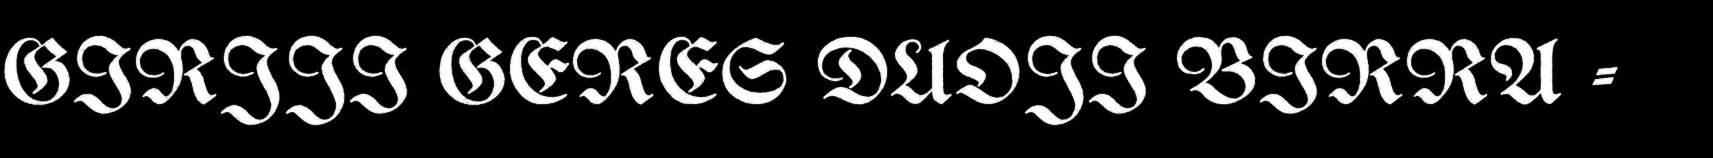
GIRJJI GERES DUOJI BIRRA -